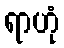
ရာဟုံ